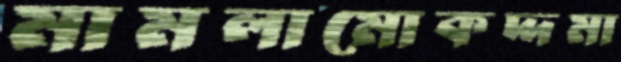
মামলামোকদ্দমা